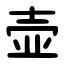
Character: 壶